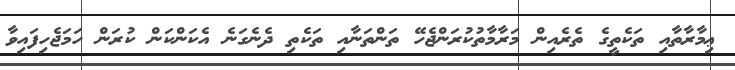
ޢިމާރާތާއި ތަކެތީގެ ތެރެއިން މަރާމާތުކުރަންޖެހޭ ތަންތަނާއި ތަކެތި ދެނެގަނެ އެކަންކަން ކުރަން ހަމަޖެހިފައިވާ